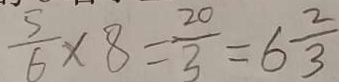
\frac { 5 } { 6 } \times 8 = \frac { 2 0 } { 3 } = 6 \frac { 2 } { 3 }